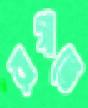
রাগাতে